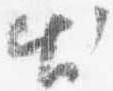
出